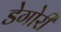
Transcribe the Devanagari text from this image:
डेगोरी